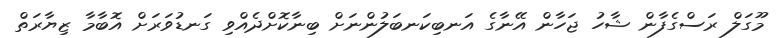
މޫގަލް ރަސްގެފާން ޝާހު ޖަހާން އޭނާގެ އަނބިކަނބަލުންނަށް ބިނާކޮށްދެއްވި ގަނޑުވަރަށް އޮބާމާ ޒިޔާރަތް